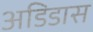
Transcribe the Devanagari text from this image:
अडिडास